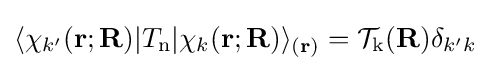
\langle \chi _{k'}(\mathbf {r} ;\mathbf {R} )|T_{\mathrm {n} }|\chi _{k}(\mathbf {r} ;\mathbf {R} )\rangle _{(\mathbf {r} )}={\mathcal {T}}_{\mathrm {k} }(\mathbf {R} )\delta _{k'k}